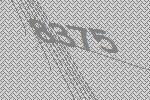
8375